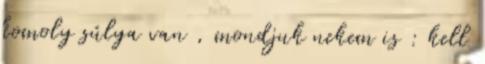
komoly súlya van , mondjuk nekem is : kell